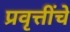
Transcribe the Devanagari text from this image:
प्रवृत्तींचे